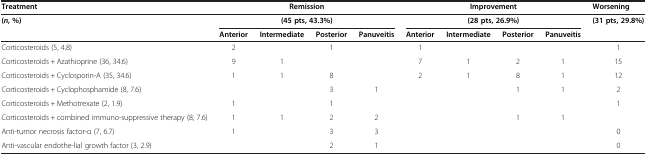
<table><thead><tr><td><b>Treatment</b></td><td colspan="4"><b>Remission</b></td><td colspan="4"><b>Improvement</b></td><td><b>Worsening</b></td></tr></thead><tbody><tr><td rowspan="2"><b>(</b><b><i>n</i></b><b>, %)</b></td><td colspan="4"><b>(45 pts, 43.3%)</b></td><td colspan="4"><b>(28 pts, 26.9%)</b></td><td><b>(31 pts, 29.8%)</b></td></tr><tr><td><b>Anterior</b></td><td><b>Intermediate</b></td><td><b>Posterior</b></td><td><b>Panuveitis</b></td><td><b>Anterior</b></td><td><b>Intermediate</b></td><td><b>Posterior</b></td><td><b>Panuveitis</b></td><td> </td></tr><tr><td>Corticosteroids (5, 4.8)</td><td>2</td><td> </td><td>1</td><td> </td><td>1</td><td> </td><td> </td><td> </td><td>1</td></tr><tr><td>Corticosteroids + Azathioprine (36, 34.6)</td><td>9</td><td>1</td><td> </td><td> </td><td>7</td><td>1</td><td>2</td><td>1</td><td>15</td></tr><tr><td>Corticosteroids + Cyclosporin-A (35, 34.6)</td><td>1</td><td>1</td><td>8</td><td> </td><td>2</td><td>1</td><td>8</td><td>1</td><td>12</td></tr><tr><td>Corticosteroids + Cyclophosphamide (8, 7.6)</td><td> </td><td> </td><td>3</td><td>1</td><td> </td><td> </td><td>1</td><td>1</td><td>2</td></tr><tr><td>Corticosteroids + Methotrexate (2, 1.9)</td><td>1</td><td> </td><td>1</td><td> </td><td> </td><td> </td><td> </td><td> </td><td>1</td></tr><tr><td>Corticosteroids + combined immuno-suppressive therapy (8, 7.6)</td><td>1</td><td>1</td><td>2</td><td>2</td><td> </td><td> </td><td>1</td><td>1</td><td> </td></tr><tr><td>Anti-tumor necrosis factor-α (7, 6.7)</td><td>1</td><td> </td><td>3</td><td>3</td><td> </td><td> </td><td> </td><td> </td><td>0</td></tr><tr><td>Anti-vascular endothe-lial growth factor (3, 2.9)</td><td> </td><td> </td><td>2</td><td>1</td><td> </td><td> </td><td> </td><td> </td><td>0</td></tr></tbody></table>